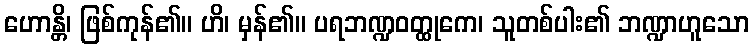
ဟောန္တိ၊ ဖြစ်ကုန်၏။ ဟိ၊ မှန်၏။ ပရဘဏ္ဍဝတ္ထုကေ၊ သူတစ်ပါး၏ ဘဏ္ဍာဟူသော